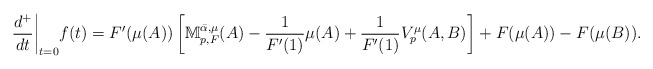
\begin{align*} \frac{d^+}{dt}\biggr\rvert_{t=0}f(t) = F'(\mu(A))\left[\mathbb{M}_{p,F}^{\bar{\alpha}, \mu}(A)- \frac{1}{F'(1)}\mu(A) + \frac{1}{F'(1)}V_{p}^{\mu}(A,B)\right]+ F(\mu(A))-F(\mu(B)). \end{align*}